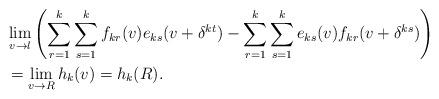
LaTeX: \begin{align*}&\lim_{v\rightarrow l}\left(\sum_{r=1}^{k}\sum_{s=1}^{k}f_{kr}(v)e_{ks}(v+\delta^{kt})-\sum_{r=1}^{k}\sum_{s=1}^{k} e_{ks}(v)f_{kr}(v+\delta^{ks})\right)\\&=\lim_{v\rightarrow R}h_{k}(v)=h_{k}(R).\end{align*}